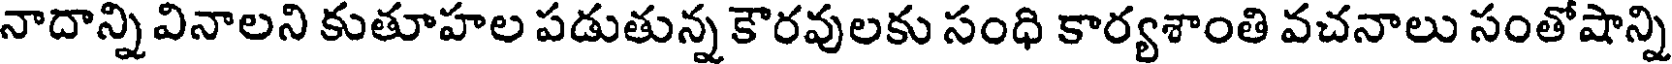
నాదాన్ని వినాలని కుతూహల పడుతున్న కౌరవులకు సంధి కార్యశాంతి వచనాలు సంతోషాన్ని